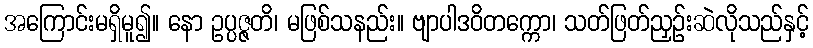
အကြောင်းမရှိမူ၍။ နော ဥပ္ပဇ္ဇတိ၊ မဖြစ်သနည်း။ ဗျာပါဒဝိတက္ကော၊ သတ်ဖြတ်ညှဉ်းဆဲလိုသည်နှင့်